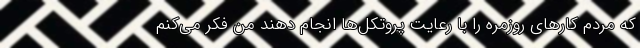
که مردم کارهای روزمره را با رعایت پروتکل‌ها انجام دهند من فکر می‌کنم